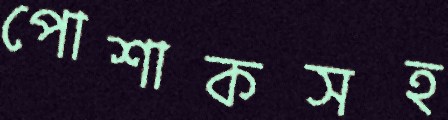
পোশাকসহ